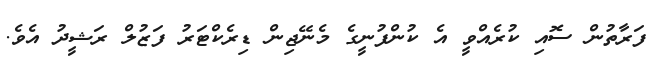
ފަރާތުން ސޮއި ކުރެއްވީ އެ ކުންފުނީގެ މެނޭޖިން ޑިރެކްޓަރު ފަޒުލް ރަޝީދު އެވެ.